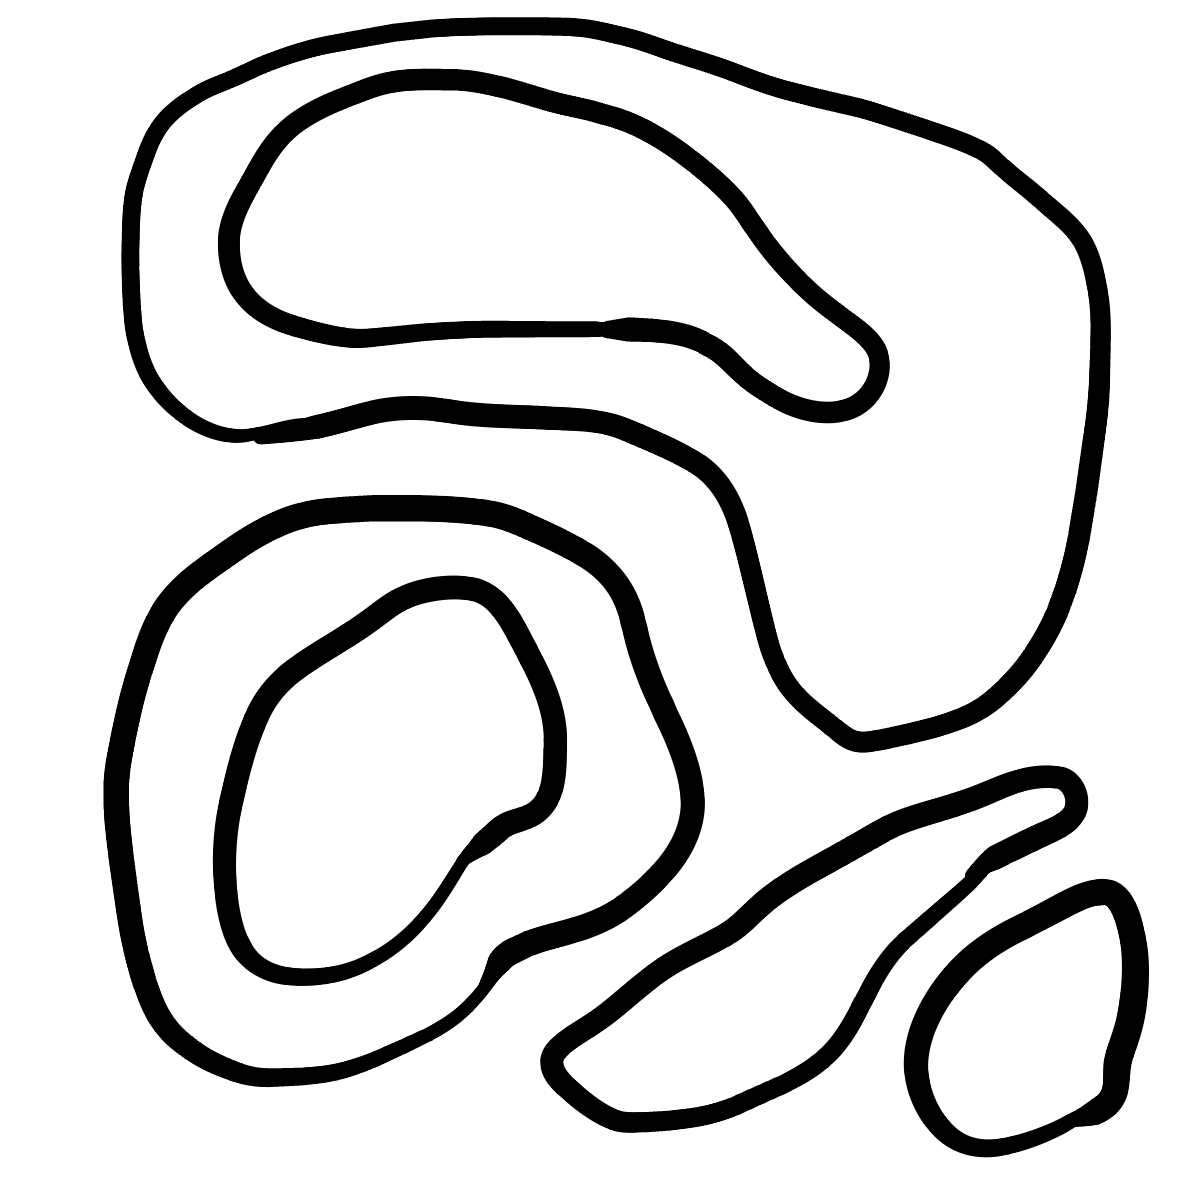
Number of regions (including the outer root region): 7
Containment tree edges (parent, child): 0, 1, 0, 2, 0, 3, 0, 5, 3, 4, 5, 6